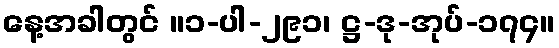
နေ့အခါတွင် ။၁-ပါ-၂၉၁၊ ဋ္ဌ-ဒု-အုပ်-၁၇၄။